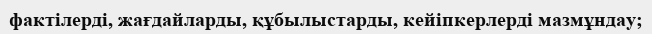
фактілерді, жағдайларды, құбылыстарды, кейіпкерлерді мазмұндау;